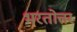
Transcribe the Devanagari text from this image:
भरतोत्तर